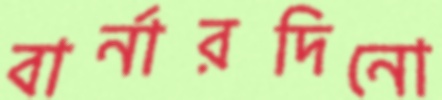
বার্নারদিনো